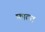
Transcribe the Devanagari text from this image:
फ़ाल्ट